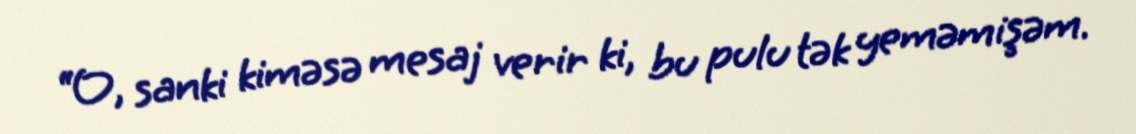
“O, sanki kiməsə mesaj verir ki, bu pulu tək yeməmişəm.